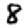
Digit: 8